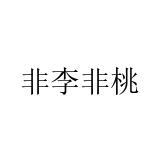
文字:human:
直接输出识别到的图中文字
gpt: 非李非桃